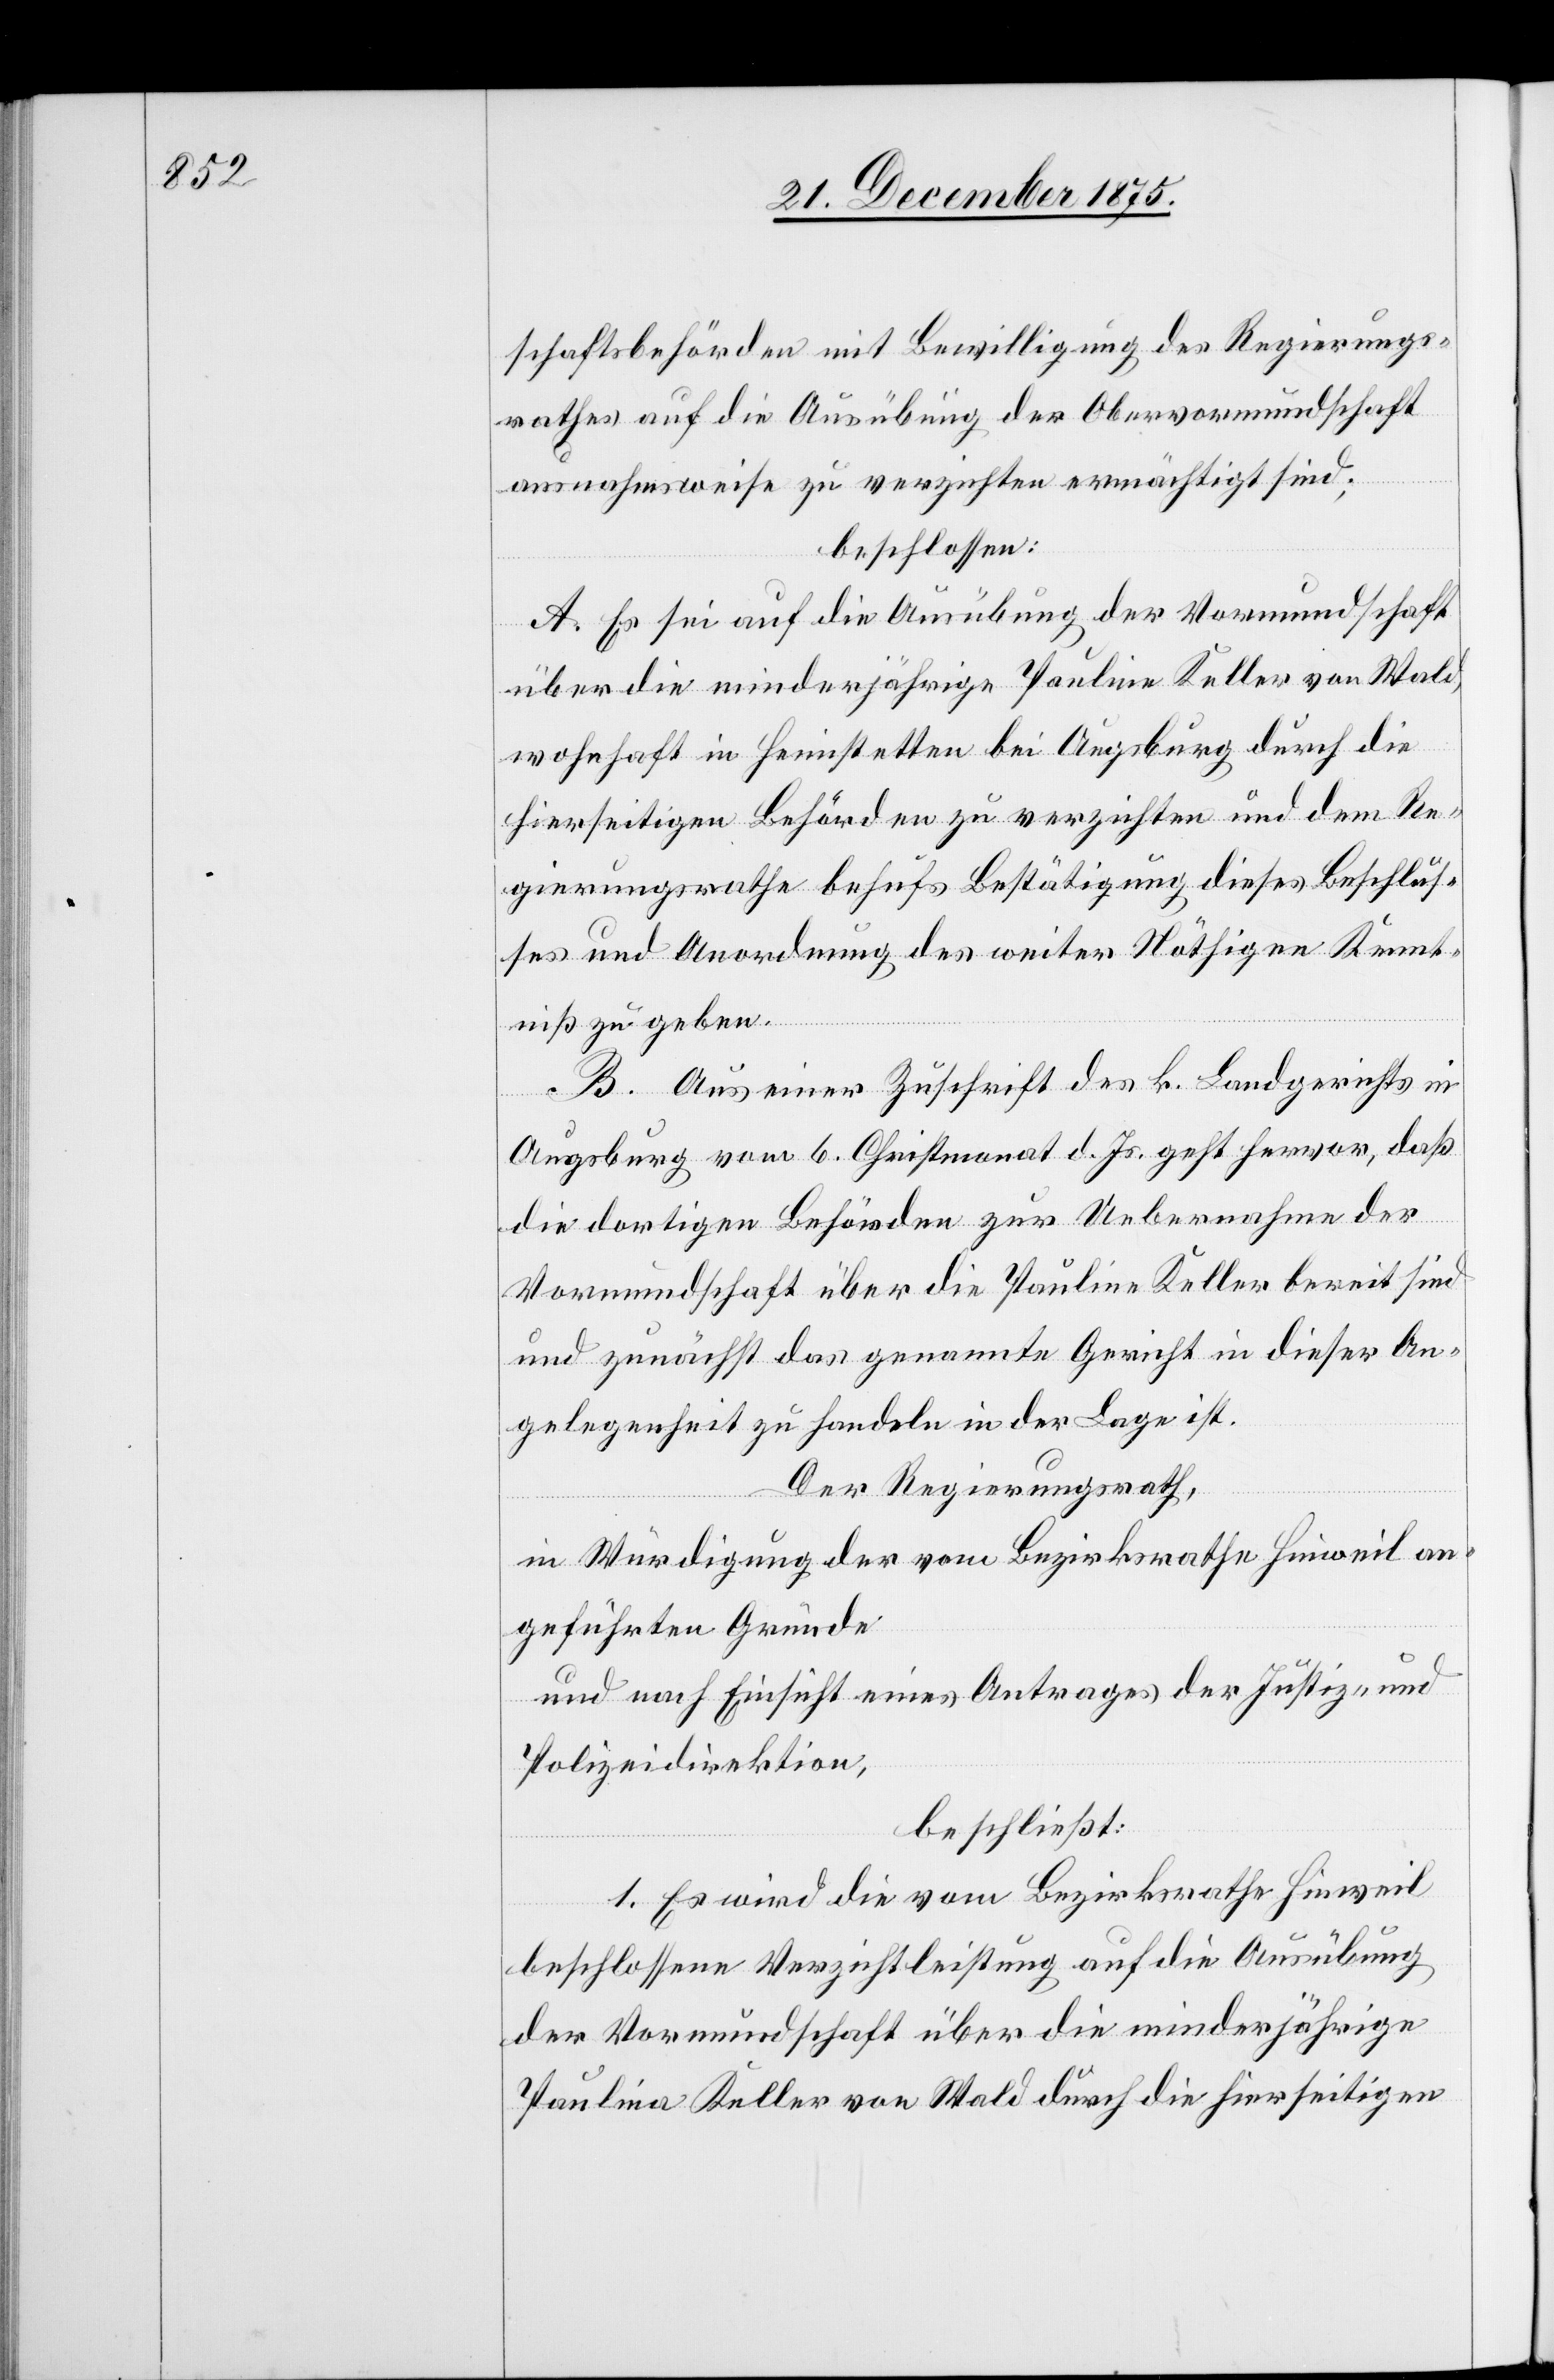
schaftsbehörden mit Bewilligung des Regierungs¬
rathes auf die Ausübung der Obervormundschaft
ausnahmsweise zu verzichten ermächtigt sind;
beschlossen:
A. Es sei auf die Ausübung der Vormundschaft
über die minderjährige Pauline Keller von Wald,
wohnhaft in Heimstetten bei Augsburg durch die
hierseitigen Behörden zu verzichten und dem Re¬
gierungsrathe behufs Bestätigung dieses Beschlus¬
ses und Anordnung des weiter Nöthigen Kennt¬
niß zu geben.
B. Aus einer Zuschrift des k. Landgerichts in
Augsburg vom 6. Christmonat d. Js. geht hervor, daß
die dortigen Behörden zur Uebernahme der
Vormundschaft über die Pauline Keller bereit sind
und zunächst das genannte Gericht in dieser An¬
gelegenheit zu handeln in der Lage ist.
Der Regierungsrath,
in Würdigung der vom Bezirksrathe Hinweil an¬
geführten Gründe
und nach Einsicht eines Antrages der Justiz- und
Polizeidirektion,
beschließt:
1. Es wird die vom Bezirksrathe Hinweil
beschlossene Verzichtleistung auf die Ausübung
der Vormundschaft über die minderjährige
Paulina Keller von Wald durch die hierseitigen